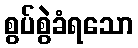
စွပ်စွဲခံရသော